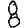
Digit: 8